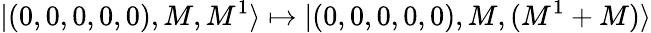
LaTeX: |(0,0,0,0,0),M,M^{1}\rangle\mapsto|(0,0,0,0,0),M,(M^{1}+M)\rangle